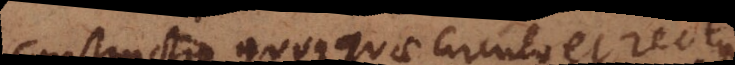
Constructio quoque quae circulo et recta